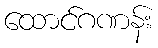
ထောင်ဂဏန်း